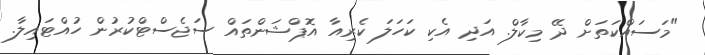
"މަސައްކަތަށް ދޭ މިކާލް. އަދި އެކި ކަހަލަ ކެރިއާ އޮޕްޝަންތައް ސަޖެސްޓްކުރުން ހުއްޓައިލާ.